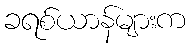
ခရစ်ယာန်များက